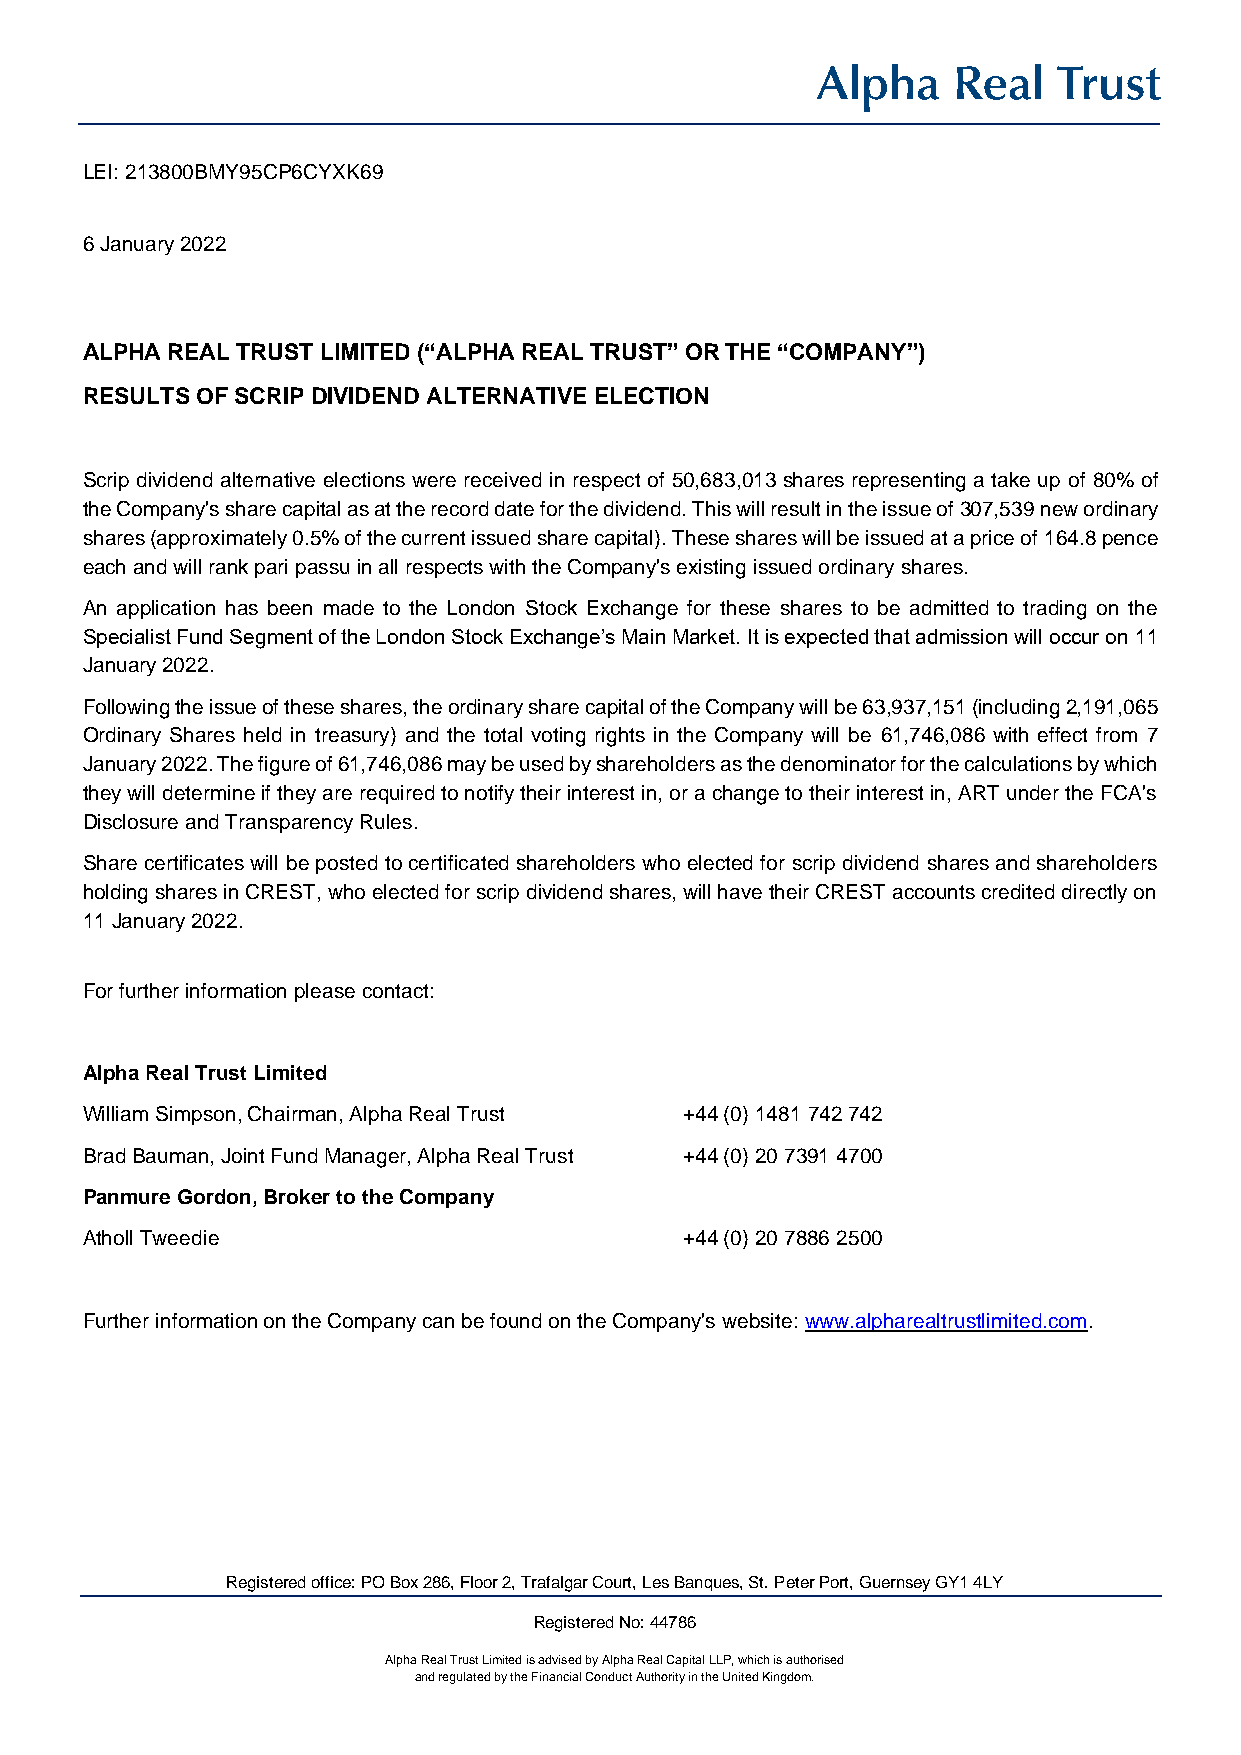
LEI: 213800BMY95CP6CYXK69
 6 January 2022
 ALPHA REAL TRUST LIMITED (“ALPHA REAL TRUST” OR THE “COMPANY”)
 RESULTS OF SCRIP DIVIDEND ALTERNATIVE ELECTION
 Scrip dividend alternative elections were received in respect of 50,683,013 shares representing a take up of 80% of
 the Company's share capital as at the record date for the dividend. This will result in the issue of 307,539 new ordinary
 shares (approximately 0.5% of the current issued share capital). These shares will be issued at a price of 164.8 pence
 each and will rank pari passu in all respects with the Company's existing issued ordinary shares.
 An application has been made to the London Stock Exchange for these shares to be admitted to trading on the
 Specialist Fund Segment of the London Stock Exchange’s Main Market. It is expected that admission will occur on 11
 January 2022.
 Following the issue of these shares, the ordinary share capital of the Company will be 63,937,151 (including 2,191,065
 Ordinary Shares held in treasury) and the total voting rights in the Company will be 61,746,086 with effect from 7
 January 2022. The figure of 61,746,086 may be used by shareholders as the denominator for the calculations by which
 they will determine if they are required to notify their interest in, or a change to their interest in, ART under the FCA's
 Disclosure and Transparency Rules.
 Share certificates will be posted to certificated shareholders who elected for scrip dividend shares and shareholders
 holding shares in CREST, who elected for scrip dividend shares, will have their CREST accounts credited directly on
 11 January 2022.
 For further information please contact:
 Alpha Real Trust Limited
 William Simpson, Chairman, Alpha Real Trust +44 (0) 1481 742 742
 Brad Bauman, Joint Fund Manager, Alpha Real Trust +44 (0) 20 7391 4700
 Panmure Gordon, Broker to the Company
 Atholl Tweedie                          +44 (0) 20 7886 2500
 Further information on the Company can be found on the Company's website: www.alpharealtrustlimited.com.
 Registered office: PO Box 286, Floor 2, Trafalgar Court, Les Banques, St. Peter Port, Guernsey GY1 4LY
 Registered No: 44786
 Alpha Real Trust Limited is advised by Alpha Real Capital LLP, which is authorised
 and regulated by the Financial Conduct Authority in the United Kingdom.